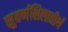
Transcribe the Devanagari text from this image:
सुवर्णशिलातीर्थ